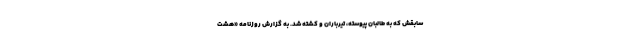
سابقش که به طالبان پیوسته، تیرباران و کشته شد. به گزارش روزنامه «هشت